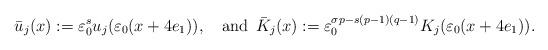
LaTeX: \begin{align*}\bar{u}_{j}(x):=\varepsilon_{0}^{s}u_{j}(\varepsilon_{0}(x+4e_{1})),\quad\mathrm{and}\;\,\bar{K}_{j}(x):=\varepsilon_{0}^{\sigma p-s(p-1)(q-1)}K_{j}(\varepsilon_{0}(x+4e_{1})).\end{align*}